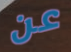
عن